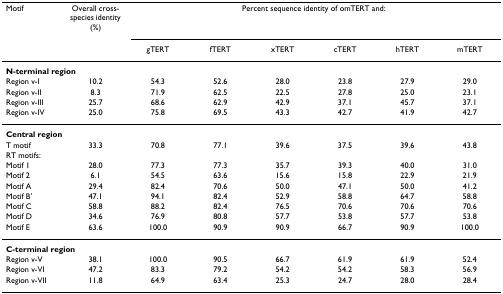
| Motif | Overall cross-species identity (%) | <COLSPAN=6> Percent sequence identity of omTERT and: |
 |  |  | gTERT | fTERT | xTERT | cTERT | hTERT | mTERT |
 | --- | --- | --- | --- | --- | --- | --- | --- |
 | <COLSPAN=8> N-terminal region |
 | Region v-I | 10.2 | 54.3 | 52.6 | 28.0 | 23.8 | 27.9 | 29.0 |
 | Region v-II | 8.3 | 71.9 | 62.5 | 22.5 | 27.8 | 25.0 | 23.1 |
 | Region v-III | 25.7 | 68.6 | 62.9 | 42.9 | 37.1 | 45.7 | 37.1 |
 | Region v-IV | 25.0 | 75.8 | 69.5 | 43.3 | 42.7 | 41.9 | 42.7 |
 | <COLSPAN=8> Central region |
 | T motif | 33.3 | 70.8 | 77.1 | 39.6 | 37.5 | 39.6 | 43.8 |
 | RT motifs: |  |  |  |  |  |  |  |
 | Motif 1 | 28.0 | 77.3 | 77.3 | 35.7 | 39.3 | 40.0 | 31.0 |
 | Motif 2 | 6.1 | 54.5 | 63.6 | 15.6 | 15.8 | 22.9 | 21.9 |
 | Motif A | 29.4 | 82.4 | 70.6 | 50.0 | 47.1 | 50.0 | 41.2 |
 | Motif B' | 47.1 | 94.1 | 82.4 | 52.9 | 58.8 | 64.7 | 58.8 |
 | Motif C | 58.8 | 88.2 | 82.4 | 76.5 | 70.6 | 70.6 | 70.6 |
 | Motif D | 34.6 | 76.9 | 80.8 | 57.7 | 53.8 | 57.7 | 53.8 |
 | Motif E | 63.6 | 100.0 | 90.9 | 90.9 | 66.7 | 90.9 | 100.0 |
 | <COLSPAN=8> C-terminal region |
 | Region v-V | 38.1 | 100.0 | 90.5 | 66.7 | 61.9 | 61.9 | 52.4 |
 | Region v-VI | 47.2 | 83.3 | 79.2 | 54.2 | 54.2 | 58.3 | 56.9 |
 | Region v-VII | 11.8 | 64.9 | 63.4 | 25.3 | 24.7 | 28.0 | 28.4 |